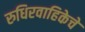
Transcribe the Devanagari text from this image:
रुधिरवाहिकेचे